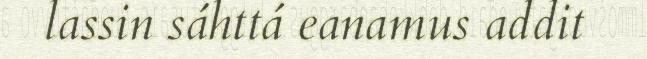
lassin sáhttá eanamus addit